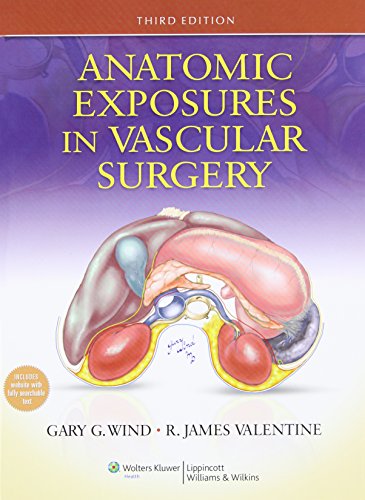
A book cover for Anatomic Exposures in Vascular Surgery; Gary G. Wind MD; Medical Books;